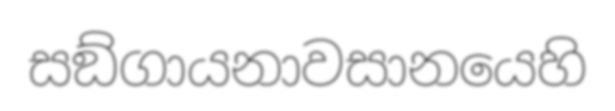
සඞ්ගායනාවසානයෙහි